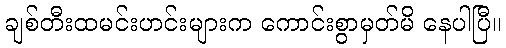
ချစ်တီးထမင်းဟင်းများက ကောင်းစွာမှတ်မိ နေပါပြီ။